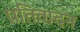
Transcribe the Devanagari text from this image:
प्रतिवादन